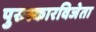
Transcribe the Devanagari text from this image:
पुरुस्कारविजेता